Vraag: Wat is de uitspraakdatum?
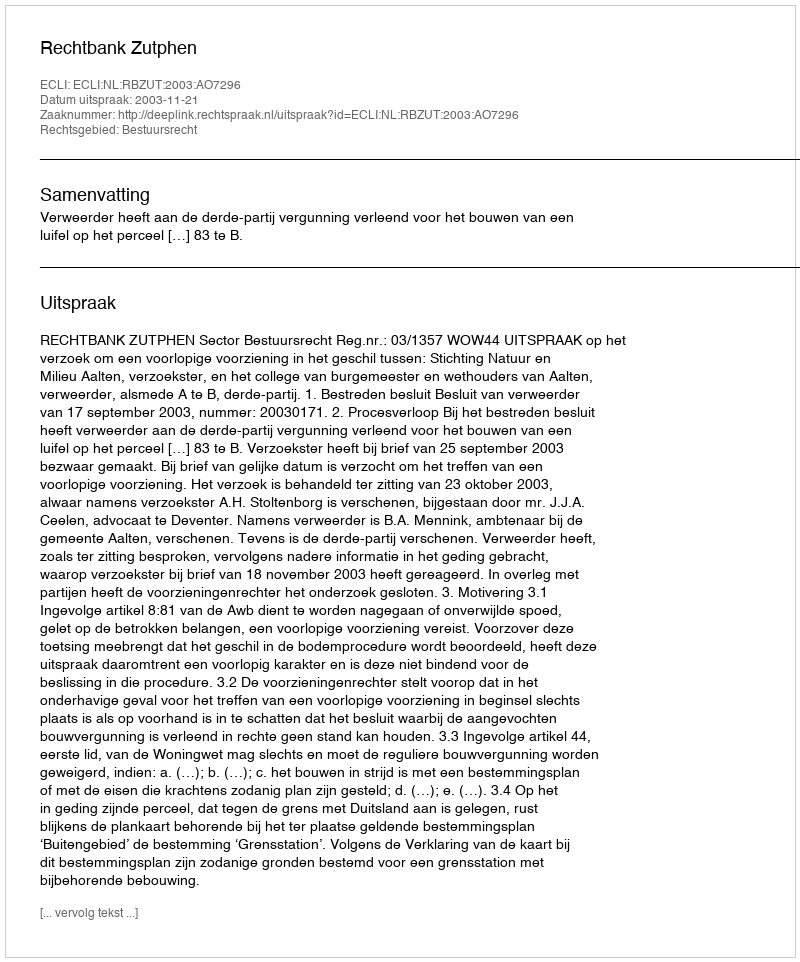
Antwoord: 2003-11-21